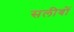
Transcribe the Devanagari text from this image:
सलीबों